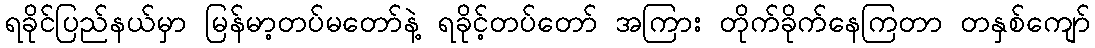
ရခိုင်ပြည်နယ်မှာ မြန်မာ့တပ်မတော်နဲ့ ရခိုင့်တပ်တော် အကြား တိုက်ခိုက်နေကြတာ တနှစ်ကျော်